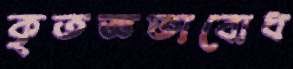
কৃতজ্ঞতাবোধ